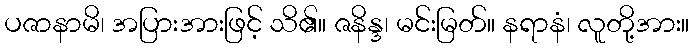
ပဇာနာမိ၊ အပြားအားဖြင့် သိ၏။ ဇနိန္ဒ၊ မင်းမြတ်။ နရာနံ၊ လူတို့အား။